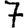
Digit: 7